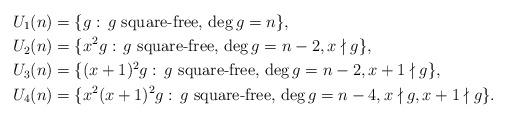
LaTeX: \begin{align*}& U_{1}(n)=\{g :\, \textrm{$g$ square-free, $\deg g =n$} \}, \\& U_{2}(n)=\{x^{2}g :\, \textrm{$g$ square-free, $\deg g =n-2, x\nmid g$}\},\\ & U_{3}(n)=\{(x+1)^{2}g :\, \textrm{$g$ square-free, $\deg g= n-2, x+1\nmid g$}\},\\ & U_{4}(n)=\{x^{2}(x+1)^{2}g :\, \textrm{$g$ square-free, $\deg g= n-4, x\nmid g, x+1\nmid g$}\}.\end{align*}